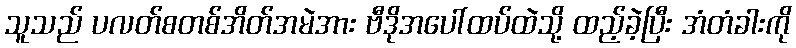
သူသည် ပလတ်စတစ်အိတ်အမဲအား ဗီဒိုအပေါ်ထပ်ထဲသို့ ထည့်ခဲ့ပြီး အံတံခါးကို